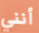
أنني